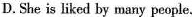
D.She is liked by many people.